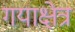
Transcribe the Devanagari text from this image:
गयाक्षेत्र